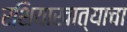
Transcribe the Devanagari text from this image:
रशियाखात्याचा